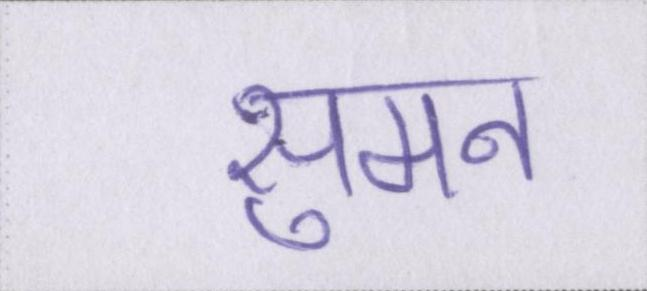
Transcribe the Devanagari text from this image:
सुमन